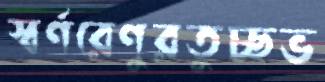
স্বর্ণরেণুরতুচ্ছভ